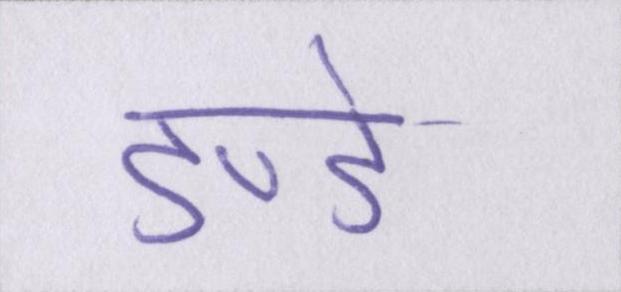
डण्डे